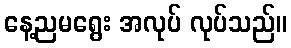
နေ့ညမရွေး အလုပ် လုပ်သည်။